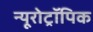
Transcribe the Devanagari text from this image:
न्यूरोट्रॉपिक